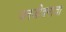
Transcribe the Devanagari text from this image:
जनजीवनाचा